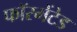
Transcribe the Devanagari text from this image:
फॉरमेंटेड